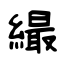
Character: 繓